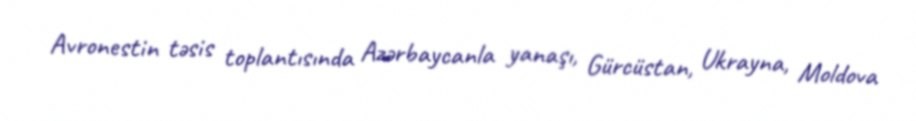
Avronestin təsis toplantısında Azərbaycanla yanaşı, Gürcüstan, Ukrayna, Moldova